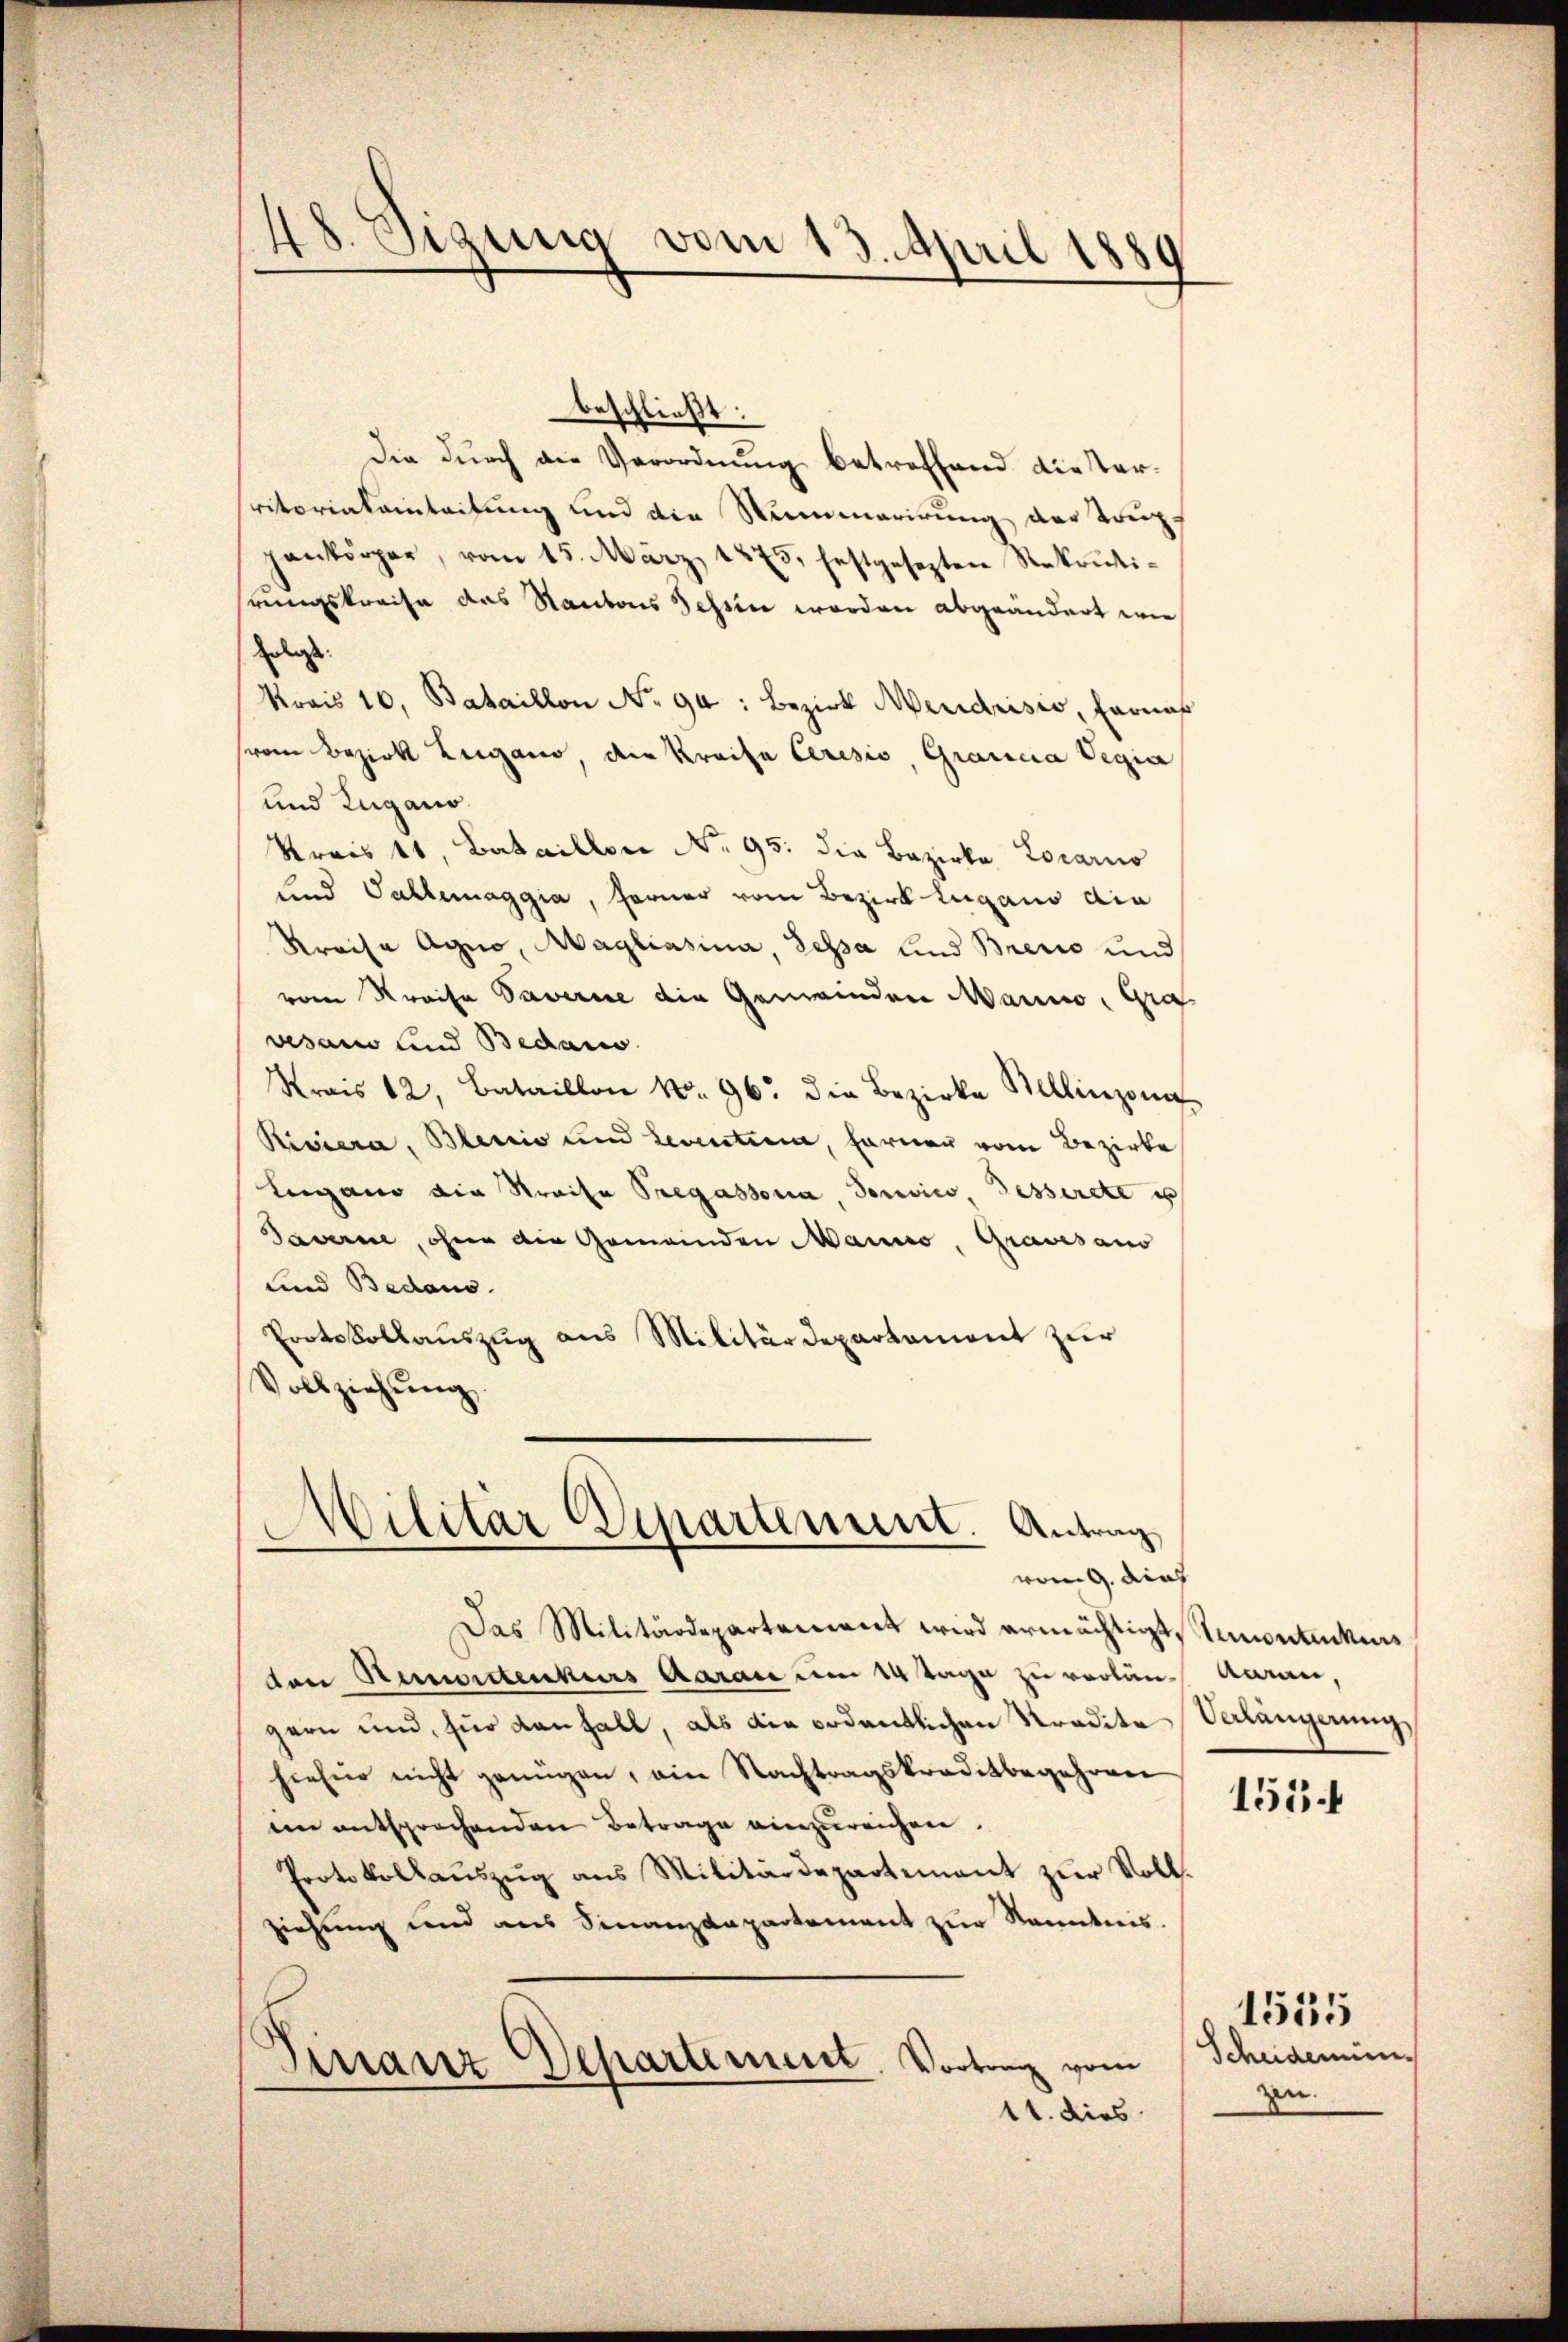
48. Sizung vom 13. April 1880

beschließt:
die durch die Verordnung betreffend die Verritorialainteilung und die Summarirung der Trupgankörper, vom 15. März 1875. festgesezten Rekonti-
hrungskreise das Kantons Tessin worden abgeändert wie
Erlags
Krais 10, Bataillon No 94: Bezirk Mendrisio, Farnas
svom Bezirk Lugano, die Kreise Ceresis, Grancia Vegia
und Zugano.
Krais 41, Bataillon No 95: die Bezirke Locarno
und Tallemaggia, ferner vom Bezirk Lugano die
Kreisa Agno, Magliasina, Lessa und Brecio und
vom Kreise Taverire die Gemeinden Marno, Gra
vesam und Bedac
Krais 12, Bataillon Nr. 96. die Bezirke Mellinzoni
Riviera, Blenio und Leventien, Farner vom Bezirke
Lugano die Streise Pregassona, Tonico, Tesserete u
Daverne, ohne ein Gemeinden Manno, Gravesaus
und Bedaus.
Erotskollauszug aus Militärdepartament zur
Vollziehung.
Militär Departement. Antrag

vog, dies

Das Militärdeparteniret wird ermächtigt stimontenkuns
ton Remortenkurs Aarau um 14 Tage zu verlän-Aarau,
gern und für dan Fall, als die ordentlichen Kredite
hiefür nicht genügen, ein Nachtragskreditbegehren
im entsprochenden Betrage einzureichen.
Protokollauszug aus Militärdepartement zur Vollziehung und aus Finanzdepartement zur Kenntnis.
Finanz Departement. Vortrag vom
11. dies

Verlängerung

1534

1555
Scheidemünzu